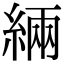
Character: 緉